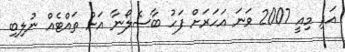
އަދި މިއީ 2007 ވަނަ އަހަރަށް ފަހު ބާސެލޯނާ އަށް ތައްޓެއް ނުލިބި